Report of the Municipal Commissioner on the plague in Bombay for the year ending 31st May... - Volume 3
Disease focus: Plague
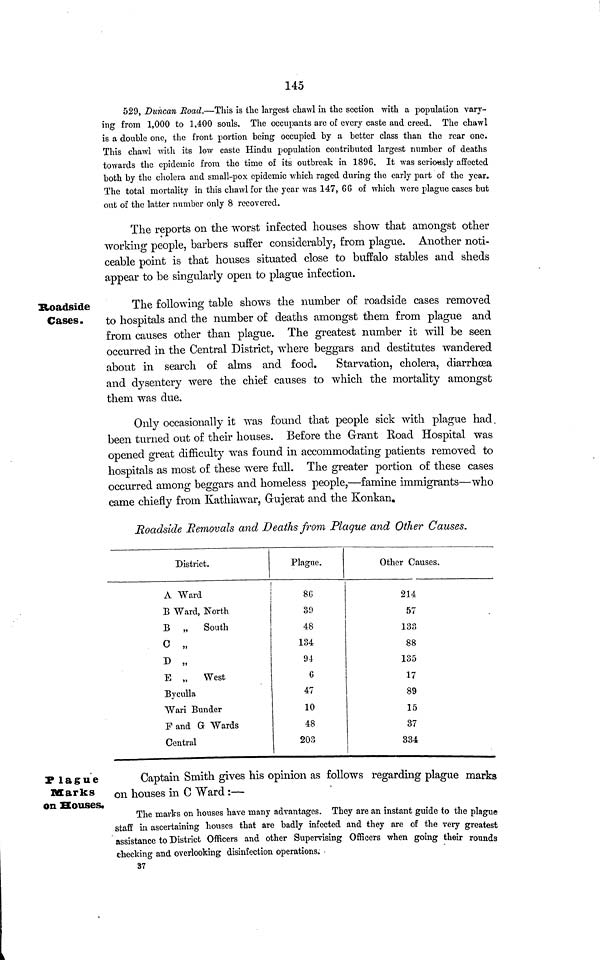
145
529, Duncan Road.—This is the largest chawl in the section with a population vary-
ing from 1,000 to 1,400 souls. The occupants arc of every caste and creed. The chawl
is a double one, the front portion being occupied by a better class than the rear one.
This chawl with its low caste Hindu population contributed largest number of deaths
towards the epidemic from the time of its outbreak in 189G. It was seriously affected
both by the cholera and small-pox epidemic which raged during the early part of the year.
The total mortality in this chawl for the year was 147, 66 of which were plague cases but
out of the latter number only 8 recovered.
The reports on the worst infected houses show that amongst other
working people, barbers suffer considerably, from plague. Another noti-
ceable point is that houses situated close to buffalo stables and sheds
appear to be singularly open to plague infection.
Roadside
Cases.
The following table shows the number of roadside cases removed
to hospitals and the number of deaths amongst them from plague and
from causes other than plague. The greatest number it will be seen
occurred in the Central District, where beggars and destitutes wandered
about in search of alms and food.
Starvation, cholera, diarrhœa
and dysentery were the chief causes to which the mortality amongst
them was due.
Only occasionally it was found that people sick with plague had
been turned out of their houses. Before the Grant Road Hospital was
opened great difficulty was found in accommodating patients removed to
hospitals as most of these were full. The greater portion of these cases
occurred among beggars and homeless people,—famine immigrants—who
came chiefly from Kathiawar, Grujerat and the Konkan.
Roadside Removals and Deaths from Plague and Other Causes.
District.
A Ward
B Ward, North
B „ South
c „
D „
E „ West
Byculla
Wari Bunder
F and G Wards
Central
Plague.
86
39
48
134
94
6
47
10
48
203
Other Causes.
214
57
133
88
135
17
89
15
37
334
P lague
Marks
on Souses.
Captain Smith gives his opinion as follows regarding plague marks
on houses in C Ward :—
The marks on houses have many advantages. They are an instant guide to the plague
staff in ascertaining houses that are badly infected and they are of the very greatest
assistance to District Officers and other Supervising Officers when going their rounds
checking and overlooking disinfection operations.
37